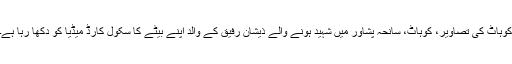
کوہاٹ کی تصاویر، کوہاٹ، سانحہ پشاور میں شہید ہونے والے ذیشان رفیق کے والد اپنے بیٹے کا سکول کارڈ میڈیا کو دکھا رہا ہے۔